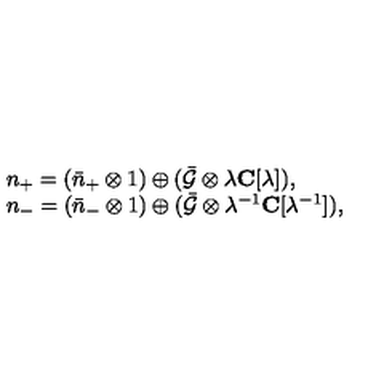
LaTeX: \begin{array} { l } { n _ { + } = ( \bar { n } _ { + } \otimes 1 ) \oplus ( \bar { { \cal G } } \otimes \lambda { \bf C } [ \lambda ] ) , } \\ { n _ { - } = ( \bar { n } _ { - } \otimes 1 ) \oplus ( \bar { { \cal G } } \otimes \lambda ^ { - 1 } { \bf C } [ \lambda ^ { - 1 } ] ) , } \\ \end{array}